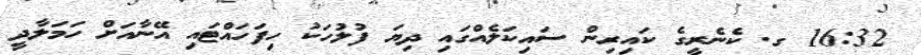
16:32 ގ. ކެނެރީގެ ކައިރިން ސައިކަލެއްގައި ދިޔަ ފުލުހަކު ހިފަހައްޓައި އޭނާއަށް ހަމަލާދީ